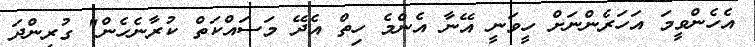
އެހެންވީމަ އަހަރެންނަށް ހީވަނީ އޭނާ އެންމެ ހިތް އެދޭ މަސައްކަތް ކުރާނެހެން" ގުރިންދަ